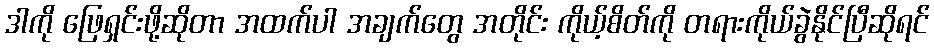
ဒါကို ဖြေရှင်းဖို့ဆိုတာ အထက်ပါ အချက်တွေ အတိုင်း ကိုယ့်စိတ်ကို တရားကိုယ်ခွဲနိုင်ပြီဆိုရင်